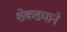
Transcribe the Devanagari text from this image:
शेकड्याने